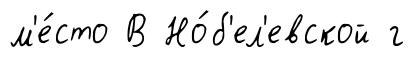
м'е́сто В Но́б'ел'евской г